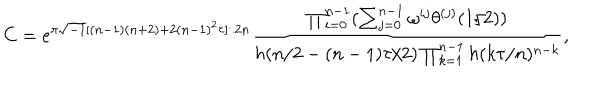
C = e ^ { \pi \sqrt { - 1 } [ ( n - 1 ) ( n + 2 ) + 2 ( n - 1 ) ^ { 2 } \tau ] / 2 n } \displaystyle \frac { \prod _ { i = 0 } ^ { n - 1 } ( \sum _ { j = 0 } ^ { n - 1 } \omega ^ { i j } \theta ^ { ( j ) } ( 1 / 2 ) ) } { h ( n / 2 - ( n - 1 ) \tau / 2 ) \prod _ { k = 1 } ^ { n - 1 } h ( k \tau / n ) ^ { n - k } } ,